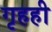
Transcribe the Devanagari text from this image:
गृहही